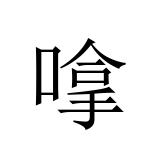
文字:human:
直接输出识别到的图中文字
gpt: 嗱